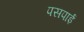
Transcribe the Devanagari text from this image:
पसपाई